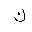
Letter: _kaf